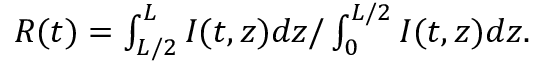
\begin{array} { r } { R ( t ) = \int _ { L / 2 } ^ { L } I ( t , z ) d z / \int _ { 0 } ^ { L / 2 } I ( t , z ) d z . } \end{array}